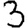
Digit: 3